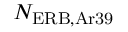
N _ { \mathrm { E R B , A r 3 9 } }